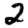
Digit: 2